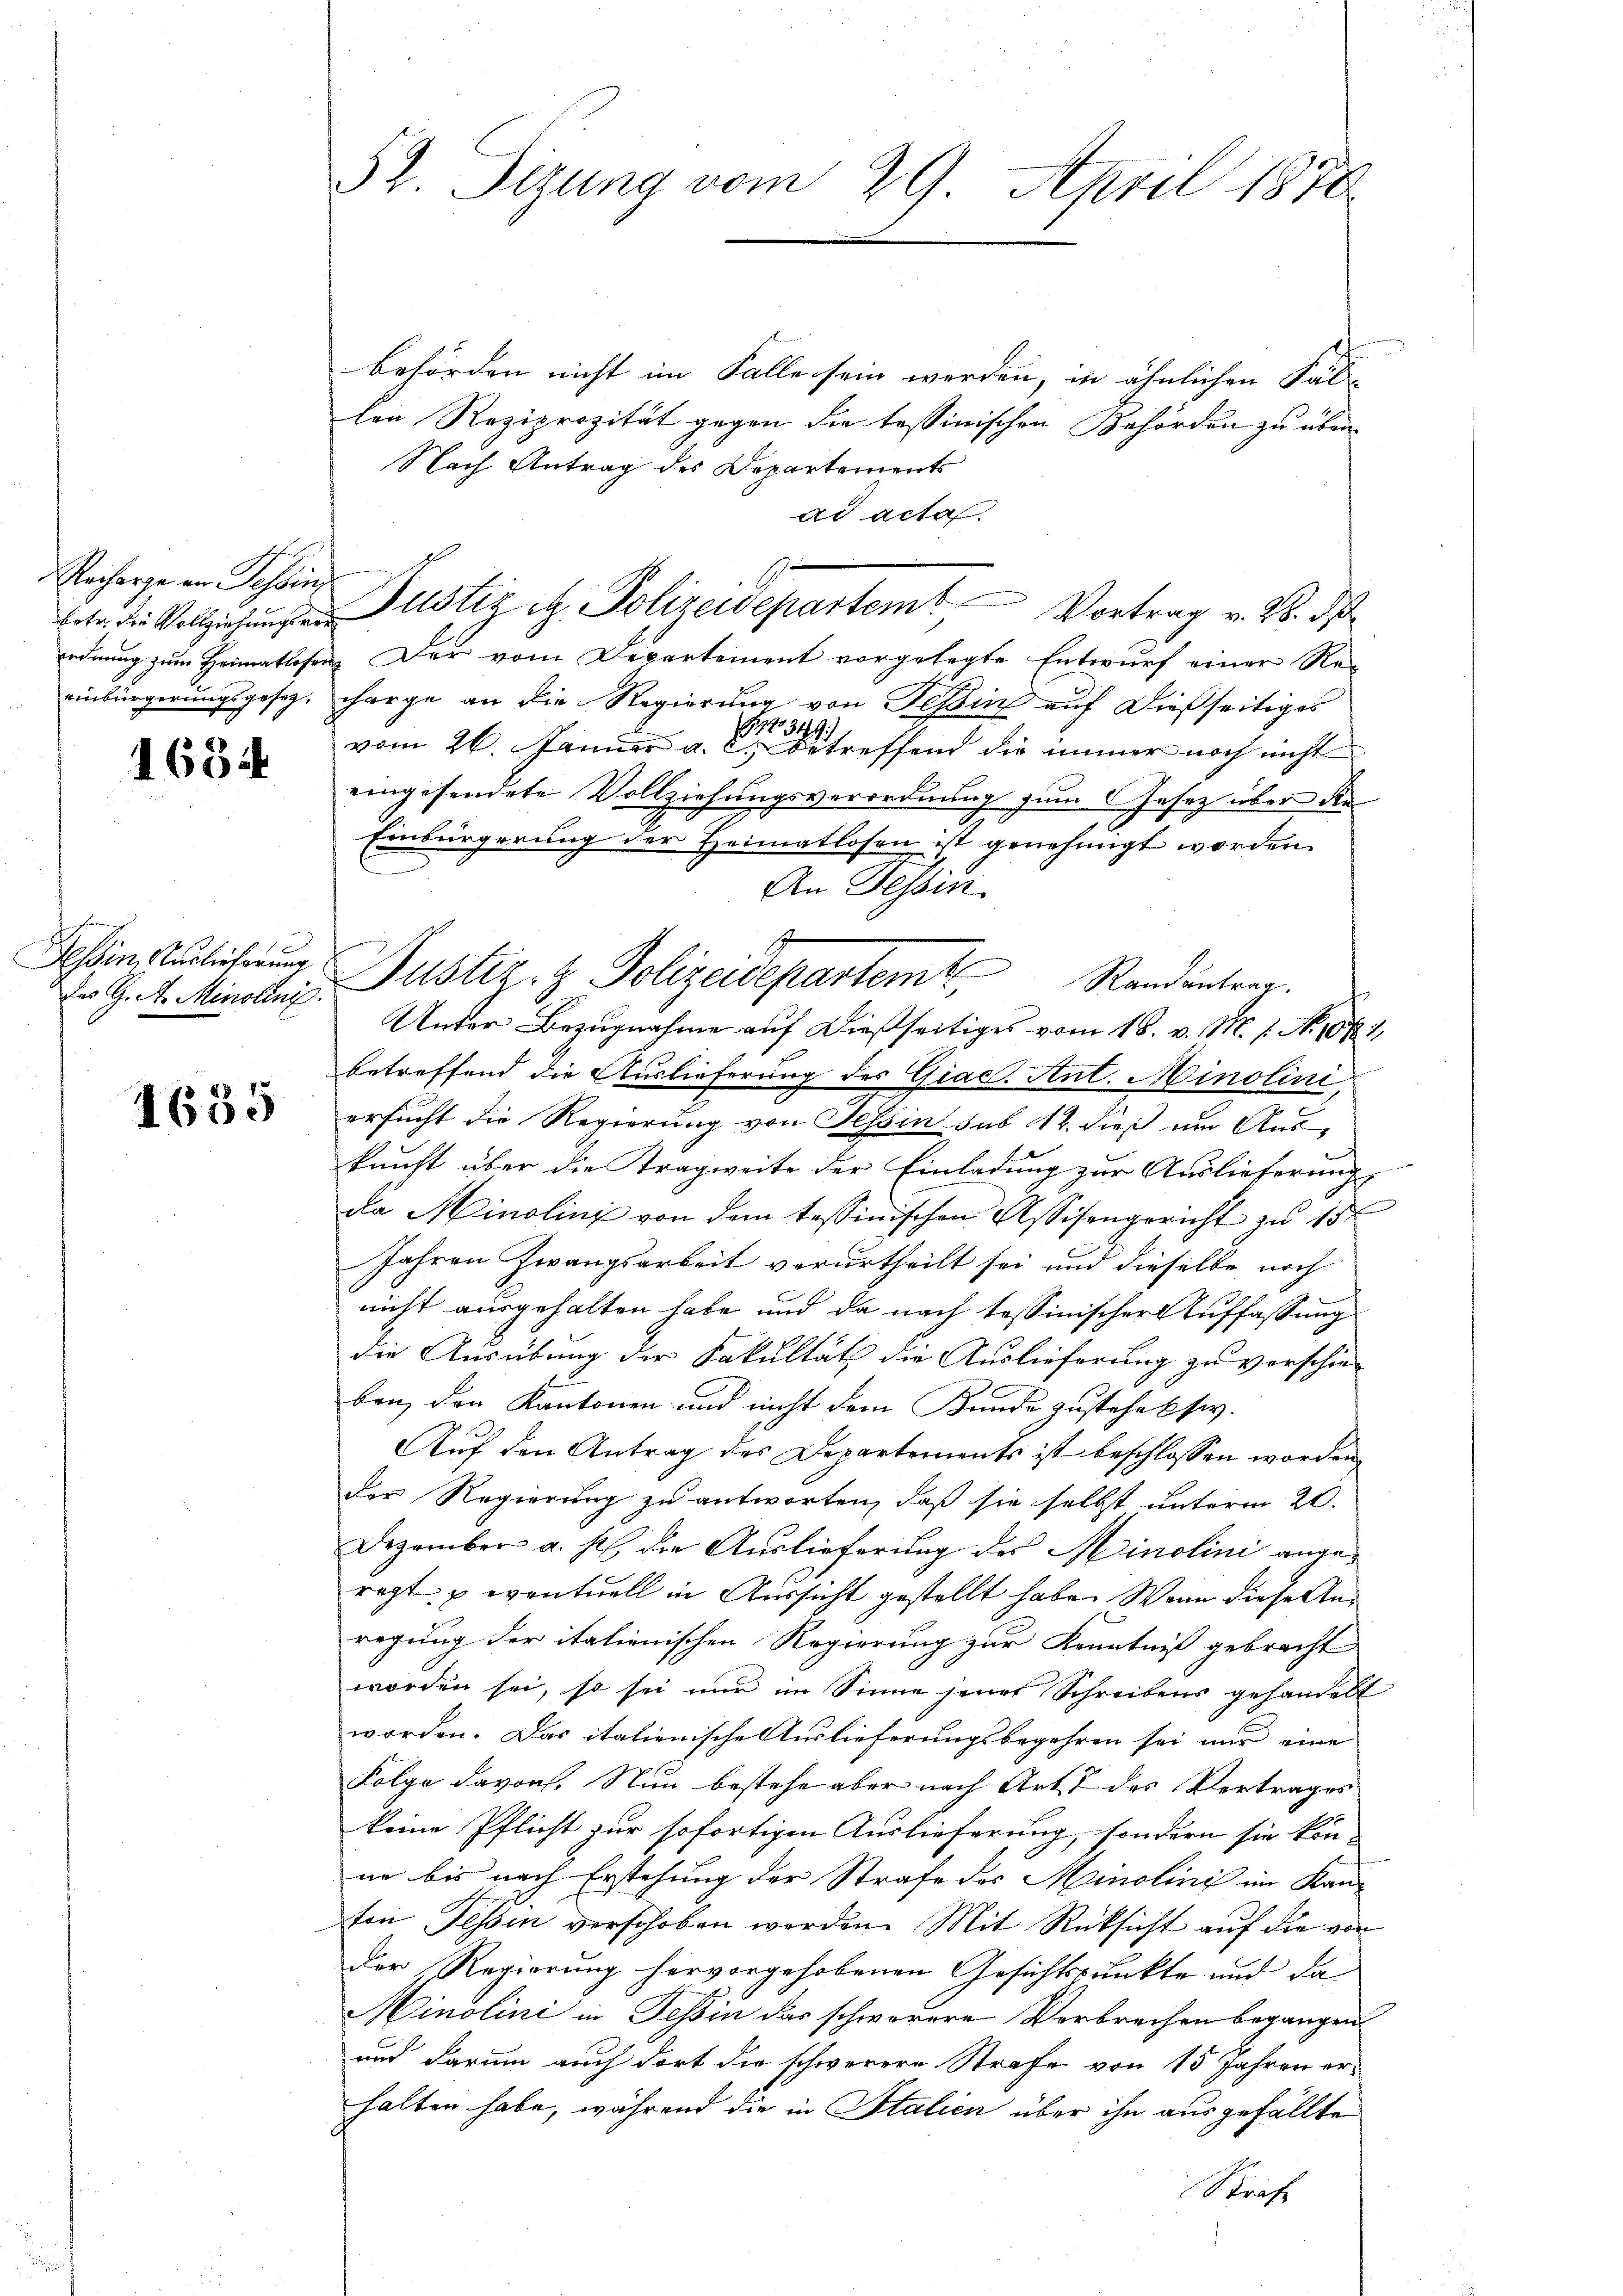
Racharge an Schin

1684

Tessin Auslieferung

1685

behörden nicht im Falle sein werden, in ähnlichen Fal-
len Reziprozität gegen die tessinischen Behörden zu über-
Nach Antrag des Departements
ad acta.
Enter die Vollziehŭngen Justiz et. Polizeidepartem Vortrag v. 26. ds
ordnung zum Heimatlosen. Der vom Departement vorgelegte Entwurf einer Reeinbürgerungsgesetz, charge an die Regierung von Teßin auf dießseitiges
G22349)
vom 26. Januar a. c. betreffend die immer noch nicht
eingesendete Vollziehungsverordnung zum Jasaz über die
Einbürgerung der Heimatlosen ist genehmigt worden.
Unter Bezugnahme auf dießseitiges vom 16. v. M. 1. No. 1881,
betreffend die Auslieferung des Giac. Ant. Minolini
ersucht die Regierung von Tessin sub 12. dieß um Aus-
kunft über die Tragweite der Einladung zur Auslieferung,
da Minolini von dem tessinischen Assisengericht zu 15 f
Jahren Zwangsarbeit verurtheilt sei und dieselbe noch
nicht ausgehalten habe und da nach Tessinischer Auffassung
die Ausübung der Fakultät die Auslieferung zu verschie-
ben, den Kantonen und nicht dem Kunde zustehensiv.
Auf den Antrag des Departements ist beschlossen worden
der Regierung zu antworten, daß sie selbst unterm 20.
Dezember a. s. die Auslieferung des Minolini angeregt u eventuell in Aussicht gestellt habe. Wenn diese Anregung der italienischen Regierung zur Kenntniß gebracht
worden sei, so sei nur im Sinne jenes Schreibens gehandelt
worden. Das italienische Auslieferungsbegehren sei nur eine
Folge davon. Nun bestehe aber nach Art. 7 des Vertrages
keine Pflicht zur sofortigen Auslieferung, sondern sie kön-
ne bis nach Erstehung der Strafe des Minolini im Kan-
ton Tessin verschoben worden. Mit Rücksicht auf die von
Der Regierung hervorgehobenen Gesichtspunkte und da
Minolini in Tessin das schwerere Verbrechen begangen.
und darum auch dort die schwerere Strafe von 15 Jahren er-
halten habe, während die in Italien über ihn ausgefällte
Straf

52. Sizung vom 29. April 1874.

An Tessin
 G. B. Minoller Justiz- & Polizeidepartem Randantrag.